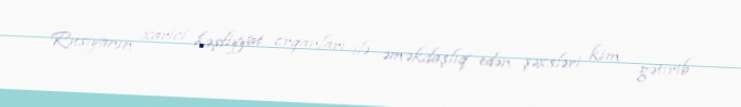
Rusiyanın xarici kəşfiyyat orqanları ilə əməkdaşlıq edən şəxsləri kim gətirib